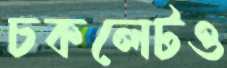
চকলেটও